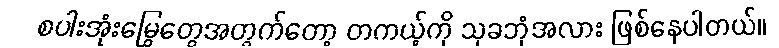
စပါးအုံးမြွေတွေအတွက်တော့ တကယ့်ကို သုခဘုံအလား ဖြစ်နေပါတယ်။